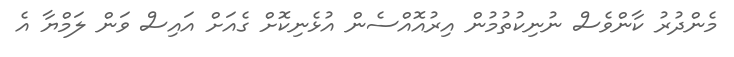
މެންދުރު ކާންވެސް ނުނިކުތުމުން އިރުއޮއްސެން އުޅެނިކޮށް ގެއަށް އައިސް ވަން ލަމްޔާ އެ